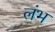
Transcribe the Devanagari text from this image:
लंभ